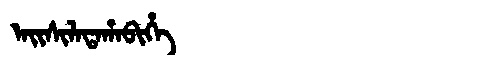
Manchu: ᠠᡳᠰᡳᠯᠠᡨᠠᡥᠠᠪᡳᡥᡝ
Romanization: AISILATAHABIHE